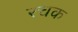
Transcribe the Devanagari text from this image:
रचक